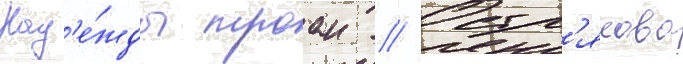
Над'е́жды троан // Остр'якова